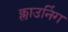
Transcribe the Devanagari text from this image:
क्लाउनिंग